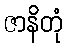
ဇာနိတုံ